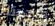
ووجدته